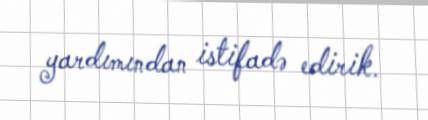
yardımından istifadə edirik.